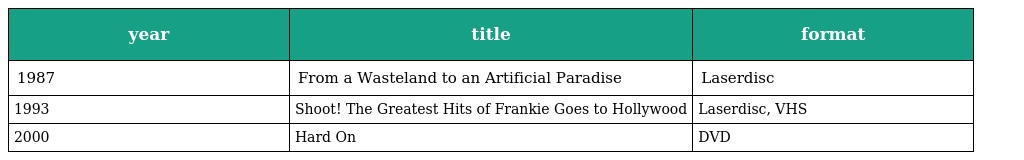
| year | title | format |
 | --- | --- | --- |
 | 1987 | From a Wasteland to an Artificial Paradise | Laserdisc |
 | 1993 | Shoot! The Greatest Hits of Frankie Goes to Hollywood | Laserdisc, VHS |
 | 2000 | Hard On | DVD |